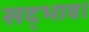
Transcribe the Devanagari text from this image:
सद्भाव।